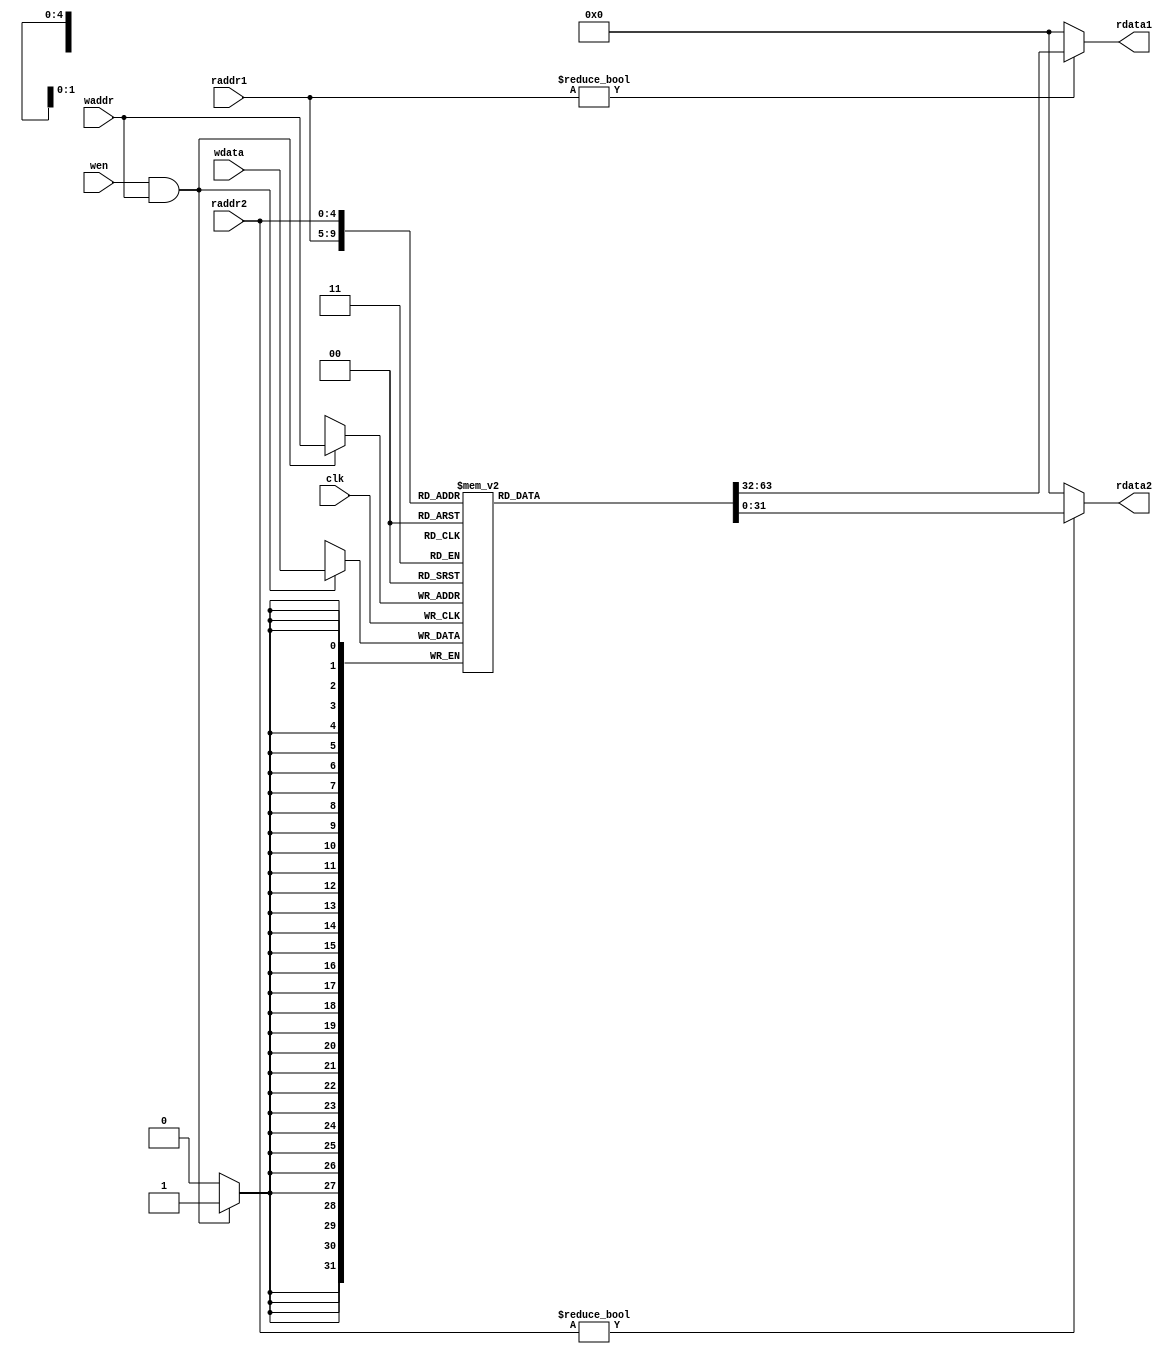
`timescale 10 ns / 1 ns

`define DATA_WIDTH 32
`define ADDR_WIDTH 5

module reg_file(
	input                       clk,
	input  [`ADDR_WIDTH - 1:0]  waddr,
	input  [`ADDR_WIDTH - 1:0]  raddr1,
	input  [`ADDR_WIDTH - 1:0]  raddr2,
	input                       wen,
	input  [`DATA_WIDTH - 1:0]  wdata,
	output [`DATA_WIDTH - 1:0]  rdata1,
	output [`DATA_WIDTH - 1:0]  rdata2
);

	reg [`DATA_WIDTH - 1:0] rf [`DATA_WIDTH - 1:0];
	always @(posedge clk) begin
		if (wen && waddr) begin
			rf[waddr] <= wdata;
		end
	end

	assign rdata1 = (raddr1)? rf[raddr1] :32'd0;
	assign rdata2 = (raddr2)? rf[raddr2] :32'd0;
endmodule